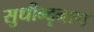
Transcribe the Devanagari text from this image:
सुधीन्दृनाथ